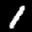
Label: 1